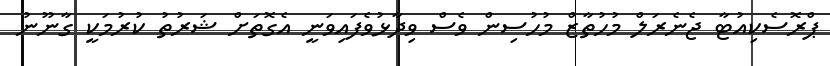
ޕްރޮސެކިއުޓާ ޖެނެރަލް މުހުތާޒް މުހުސިން ވެސް ވިދާޅުވެފައިވަނީ އެގޮތަށް ޝަރުތު ކުރުމަކީ ގާނޫނު